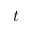
t